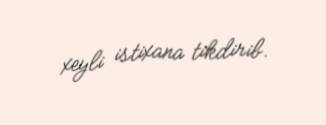
xeyli istixana tikdirib.